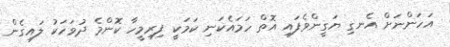
އަހަންނަށް އެނގި ޔަގީންވެފައި އޮތް ހަމައެކަނި ކަމަކީ ފިރިމީހާ ކޮންމެ ދުވަހަކު ލައިގެން